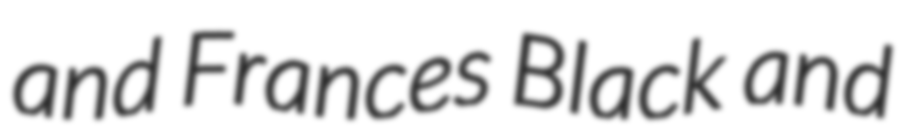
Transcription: and Frances Black and